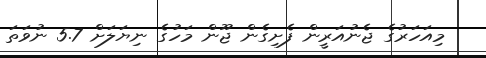
މިއަހަރުގެ ޖެނުއަރީން ފެށިގެން ޖޫން މަހުގެ ނިޔަލަށް 5.7 ނުވަތަ